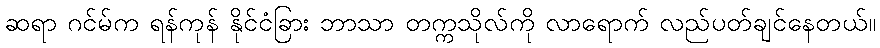
ဆရာ ဂင်မ်က ရန်ကုန် နိုင်ငံခြား ဘာသာ တက္ကသိုလ်ကို လာရောက် လည်ပတ်ချင်နေတယ်။